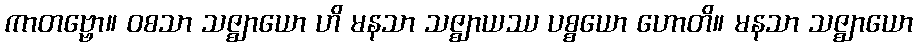
ကာတဗ္ဗော။ ဝစသာ သဇ္ဈာယော ဟိ မနသာ သဇ္ဈာယဿ ပစ္စယော ဟောတိ။ မနသာ သဇ္ဈာယော